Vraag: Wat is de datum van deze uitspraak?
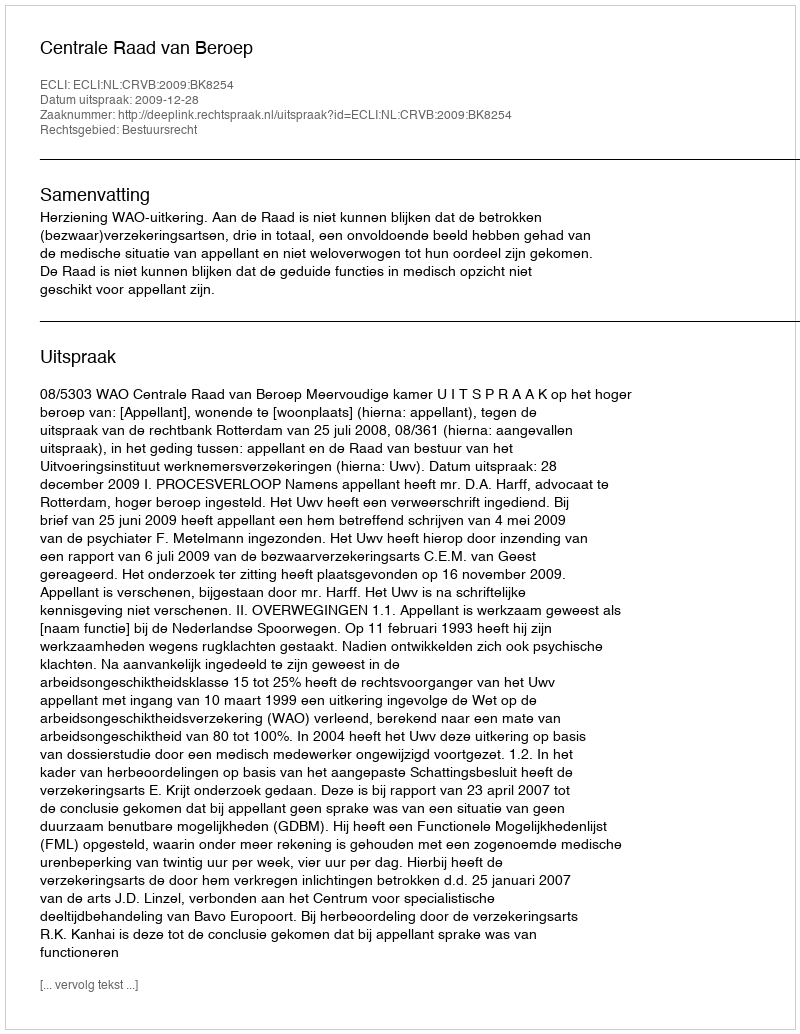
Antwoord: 2009-12-28